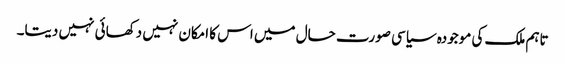
تاہم ملک کی موجودہ سیاسی صورت حال میں اس کا امکان نہیں دکھائی نہیں دیتا۔